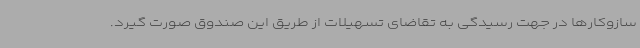
سازوکارها در جهت رسیدگی به تقاضای تسهیلات از طریق این صندوق صورت گیرد.